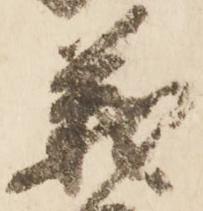
義